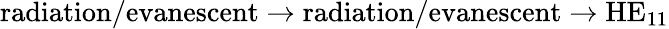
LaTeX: \textrm{radiation/evanescent}\rightarrow\textrm{radiation/evanescent}\rightarrow\textrm{HE}_{11}